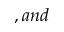
, a n d